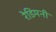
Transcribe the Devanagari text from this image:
रेडिमनी